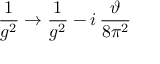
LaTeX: \frac { 1 } { g ^ { 2 } } \to \frac { 1 } { g ^ { 2 } } - i \, \frac { \vartheta } { 8 \pi ^ { 2 } }